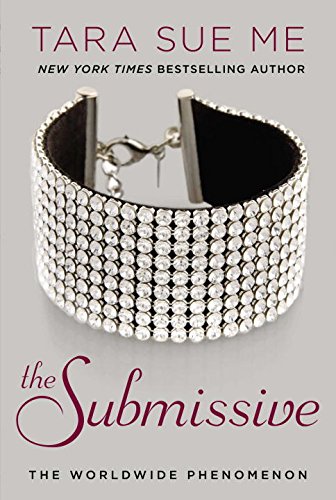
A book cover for The Submissive: The Submissive Series; Tara Sue Me; Romance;